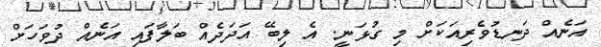
އަނެއް ދަނޑުވެރިއަކަށް މި ގުޅަނީ. އެ ލިބޭ އަދަދެއް ބަލާފައި އަނެއް ދުވަހަށް